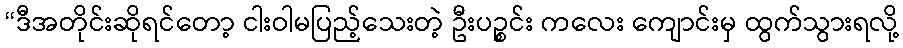
“ဒီအတိုင်းဆိုရင်တော့ ငါးဝါမပြည့်သေးတဲ့ ဦးပဉ္စင်း ကလေး ကျောင်းမှ ထွက်သွားရလို့